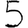
Digit: 5